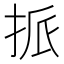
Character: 挀